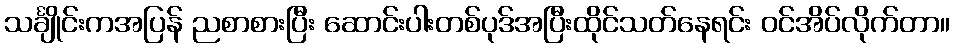
သင်္ချိုင်းကအပြန် ညစာစားပြီး ဆောင်းပါးတစ်ပုဒ်အပြီးထိုင်သတ်နေရင်း ဝင်အိပ်လိုက်တာ။